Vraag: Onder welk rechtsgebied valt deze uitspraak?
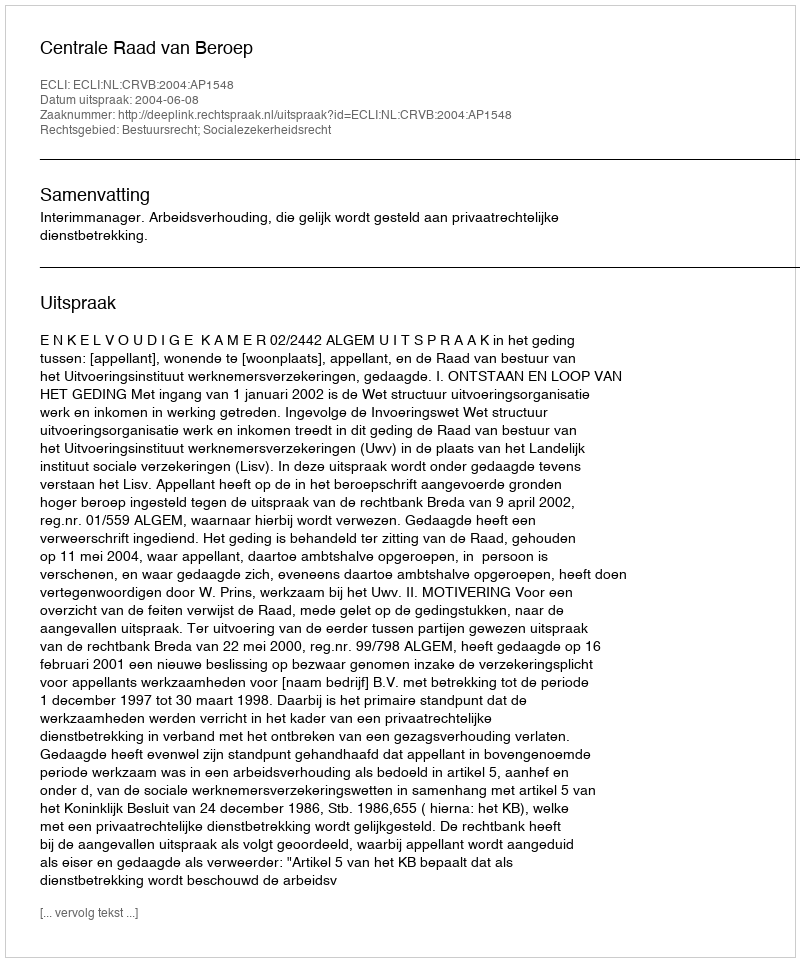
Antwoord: Bestuursrecht; Socialezekerheidsrecht